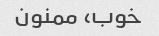
خوب، ممنون